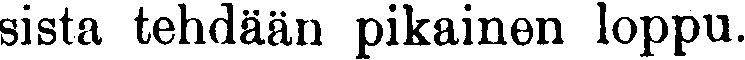
sista tehdään pikainen loppu.